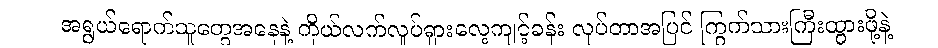
အရွယ်ရောက်သူတွေအနေနဲ့ ကိုယ်လက်လှုပ်ရှားလေ့ကျင့်ခန်း လုပ်တာအပြင် ကြွက်သားကြီးထွားဖို့နဲ့